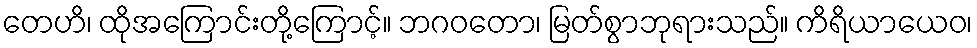
တေဟိ၊ ထိုအကြောင်းတို့ကြောင့်။ ဘဂဝတော၊ မြတ်စွာဘုရားသည်။ ကိရိယာယေဝ၊